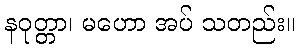
နဝုတ္တာ၊ မဟော အပ် သတည်း။